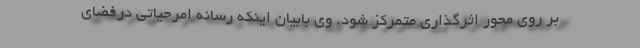
بر روی محور اثرگذاری متمرکز شود. وی بابیان اینکه رسانه امرحیاتی درفضای